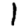
Digit: 1